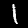
Label: 1